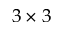
3 \times 3